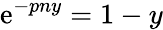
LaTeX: \mathrm{e}^{-pny}=1-y